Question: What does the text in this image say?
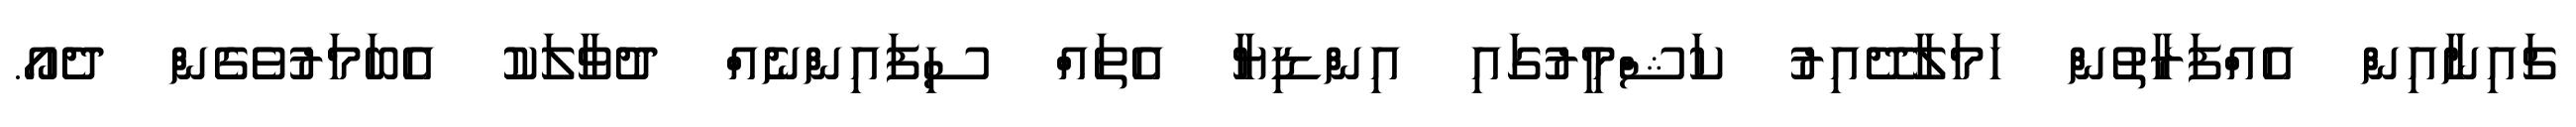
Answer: ޗައިނާއިން އެއްފަރާތުން ހަމަލާދޭއިރު ކަޝްމީރުގައި އިންޑިޔާ އެތައް ސިފައިންނެއް ދުވާލަކު އެބަމަރުވެގެން ދެއޯ.